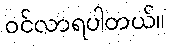
ဝင်လာရပါတယ်။